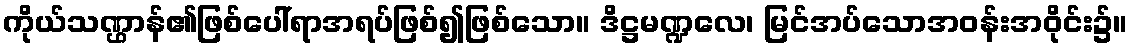
ကိုယ်သဏ္ဌာန်၏ဖြစ်ပေါ်ရာအရပ်ဖြစ်၍ဖြစ်သော။ ဒိဋ္ဌမဏ္ဍလေ၊ မြင်အပ်သောအဝန်းအဝိုင်း၌။